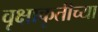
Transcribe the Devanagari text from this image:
वृक्षाकृतीच्या